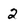
Character: 2